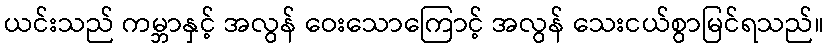
ယင်းသည် ကမ္ဘာနှင့် အလွန် ဝေးသောကြောင့် အလွန် သေးငယ်စွာမြင်ရသည်။